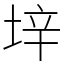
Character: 垶